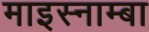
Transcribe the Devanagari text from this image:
माइस्नाम्बा